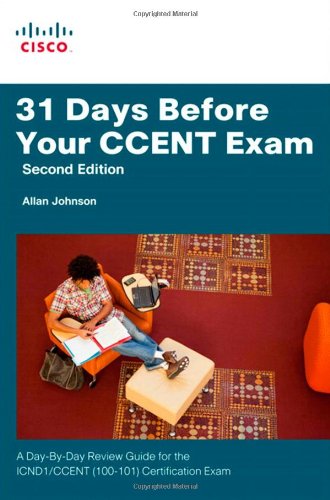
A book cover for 31 Days Before Your CCENT Certification Exam: A Day-By-Day Review Guide for the ICND1 (100-101) Certification Exam (2nd Edition); Allan Johnson; Computers & Technology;